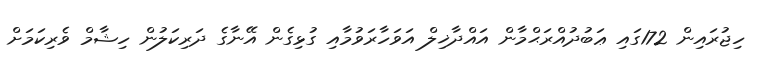
ހިޖުރައިން 172ގައި ޢަބުދުއްރަޙްމާން އައްދާޚިލް އަވަހާރަވުމާއި ގުޅިގެން އޭނާގެ ދަރިކަލުން ހިޝާމް ވެރިކަމަށް